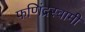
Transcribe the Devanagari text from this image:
फणिंद्रस्वामी